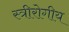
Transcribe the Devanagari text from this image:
स्त्रीरोगीय